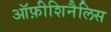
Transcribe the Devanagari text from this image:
ऑफ़ीशिनैलिस